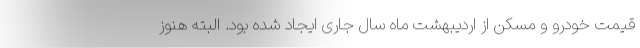
قیمت خودرو و مسکن از اردیبهشت ماه سال جاری ایجاد شده بود. البته هنوز